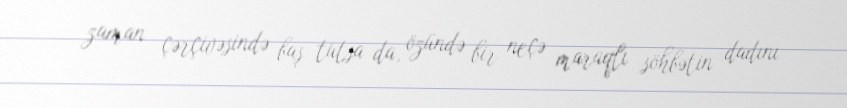
zaman çərçivəsində baş tutsa da, özündə bir neçə maraqlı söhbətin dadını